Scientific memoirs by medical officers of the Army of India - Part II,
Year: 1886
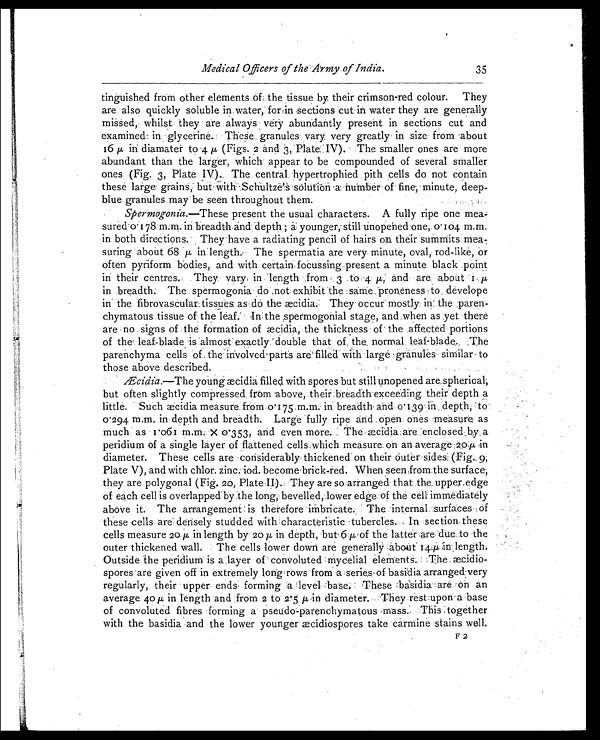
Medical Officers of the Army of India.
35
tinguished from other elements of the tissue. by their crimson-red colour. They
are also quickly soluble in water, for in sections cut in Water they are generally
missed, whilst they are always very abundantly present in sections cut and
examined in glycerine. These granules vary very greatly in size from about
16 µ in diamater to 4 µ (Figs. 2 and 3, Plate IV). The smaller ones are more
abundant than the larger, which appear to be compounded of several smaller
ones (Fig. 3, Plate IV). The central hypertrophied pith cells do not contain
these large grains, but with Schultze's solution a number of fine, minute, deep-
blue granules may be seen throughout them.
Spermogonia.—These present the usual characters. A fully ripe one mea-
sured 0.178 m.m. in breadth and depth ; a younger, still unopened one, 0.104 m.m.
in both directions. They have a radiating pencil of hairs on their summits
suring about 68 µ in length. The spermatia are very minute, oval; rod-like, or
often pyriform bodies, and with certain, focussing present a minute black point
in their centres. They vary in length from 3 to 4 µ, and are about
1 µ in breadth. The spermogonia do not exhibit the same proneness to develope
in the fibrovascular tissues as do the æcidia. They occur mostly in the paren-
chymatous tissue of the leaf. In the spermogonial stage, and when as yet there
are no signs of the formation of æ cidia, the thickness of the affected portions
of the leaf-blade is almost exactly double that of the normal leaf-blade. The
parenchyma cells of the involved parts are filled with large granules similar to
those above described.
Æcidia.—The young æcidia filled with spores but still unopened are spherical,
but often slightly compressed from above, their breadth-exceeding their depth a
little. Such aecidia measure from 0.175 m.m. in breadth and 0.139 in depth, to
0.294 m.m. in depth and breadth. Large fully ripe arid open ones measure as
much as 1.061 m.m. x 0.353, and even more. The æcidia are enclosed by a
peridium of a single layer of flattened cells which measure on an average 20 µ in
diameter. These cells are considerably thickened on their outer sides (Fig. 9
,
Plate V), and with chlor. zinc. iod. become brick-red. When seen from the surface,
they are polygonal (Fig. 20, Plate II). They are so arranged that the upper edge
of each cell is overlapped by the long, bevelled, lower edge of the cell immediately
above it. The arrangement is therefore imbricate. The internal surfaces of
these cells are densely studded with characteristic tubercles. In section these
cells measure 20 µ in len gth by 20 µ in depth, but 6 µ of the latter are due to the
outer thickened wall. The cells lower down are generally about 14 µ in length
. Outside the peridium is a layer of convoluted mycelial elements.The æcidio-
spores are given off in extremely long rows from a series of basidia arranged very
regularly, their upper ends forming a level base. These basidia are on an
average 40 µ i n l engt h and frot h 2 t o 2 5 µ i n d i a m e t e r . T h e y r e s t u p o n a b a s e
of convoluted fibres forming a pseudo-parenchymatous mass. This together
with the basidia and the lower younger æcidiospores take carmine stains well.
F 2